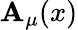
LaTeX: \mathbf{A}_{\mu}(x)